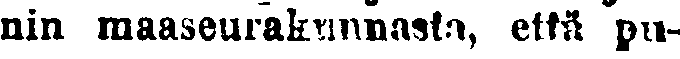
nin maaseurakunnasta, että pu-